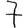
Digit: 7